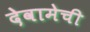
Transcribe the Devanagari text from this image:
देवामेची